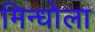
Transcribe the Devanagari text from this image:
मिन्धोला